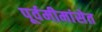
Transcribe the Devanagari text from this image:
पूर्वमीमांसेत